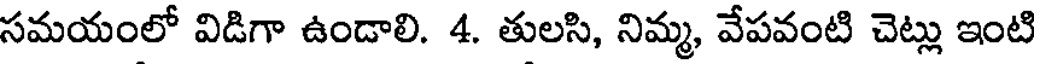
సమయంలో విడిగా ఉండాలి. 4. తులసి, నిమ్మ, వేపవంటి చెట్లు ఇంటి